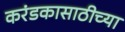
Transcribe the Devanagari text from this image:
करंडकासाठीच्या